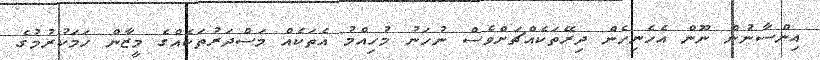
އިންސާނުން ނޫން އެހެނިހެން ދިރޭތަކެއްޗަށްވެސް ނުހަނު މުހިއްމު އެތަކެއް މަސްދަރުތަކެއްގެ މީޒާން ހަމަކުރުމުގެ